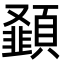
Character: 𮨝